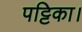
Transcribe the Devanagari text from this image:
पट्टिका।